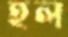
হল